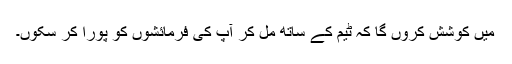
میں کوشش کروں گا کہ ٹیم کے ساتھ مل کر آپ کی فرمائشوں کو پورا کر سکوں۔